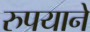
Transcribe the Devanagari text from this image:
रुपयाने